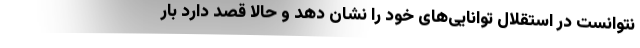
نتوانست در استقلال توانایی‌های خود را نشان دهد و حالا قصد دارد بار